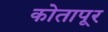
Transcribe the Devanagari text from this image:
कोतापूर